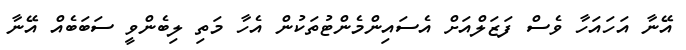
އޭނާ އަހައަހާ ވެސް ފަޒަލްއަށް އެސައިންމެންޓުތަކުން އެހާ މަތި ލިބެންވީ ސަބަބެއް އޭނާ